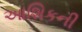
આશિકની